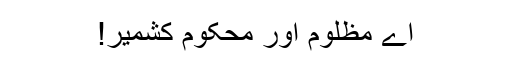
اے مظلوم اور محکوم کشمیر!